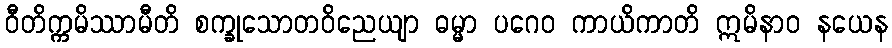
ဝီတိက္ကမိဿာမီတိ စက္ခုသောတဝိညေယျာ ဓမ္မာ ပဂေဝ ကာယိကာတိ ဣမိနာဝ နယေန